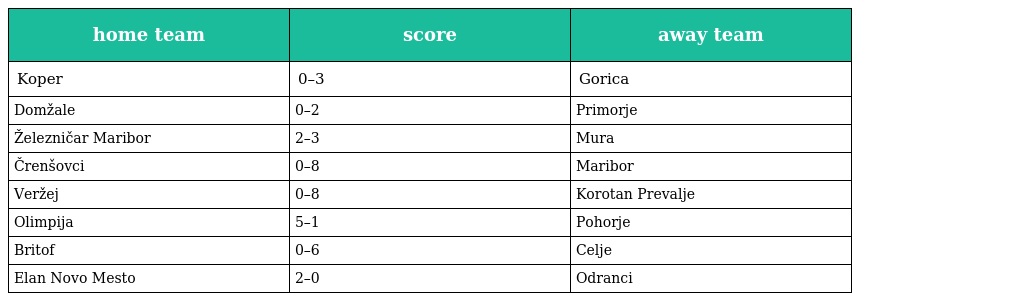
| home team | score | away team |
 | --- | --- | --- |
 | Koper | 0–3 | Gorica |
 | Domžale | 0–2 | Primorje |
 | Železničar Maribor | 2–3 | Mura |
 | Črenšovci | 0–8 | Maribor |
 | Veržej | 0–8 | Korotan Prevalje |
 | Olimpija | 5–1 | Pohorje |
 | Britof | 0–6 | Celje |
 | Elan Novo Mesto | 2–0 | Odranci |